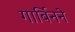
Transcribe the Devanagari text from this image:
गार्बिनने